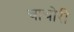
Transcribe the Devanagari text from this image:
चाचोरी